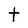
Character: t